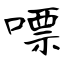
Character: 嘌